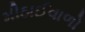
મીઠાઈવાળો